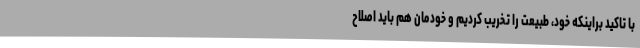
با تاکید براینکه خود، طبیعت را تخریب کردیم و خودمان هم باید اصلاح